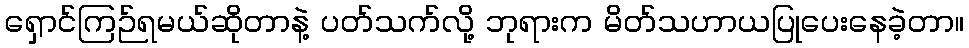
ရှောင်ကြဉ်ရမယ်ဆိုတာနဲ့ ပတ်သက်လို့ ဘုရားက မိတ်သဟာယပြုပေးနေခဲ့တာ။